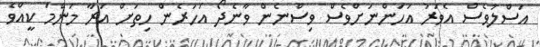
އަސްލުވެސް އެވަރު އަހަންނަށްވެސް ވިސްނެން ވާނެދޯ އަހަރެން ހިތަށް އަރާ މަންމަ ކީއްވެ